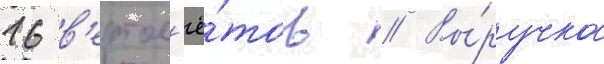
16 в'ертол'ё́тов // Вы́ручка